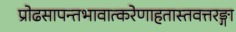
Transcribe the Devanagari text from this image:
प्रोढसापन्तभावात्करेणाहतास्तवत्तरङ्गा